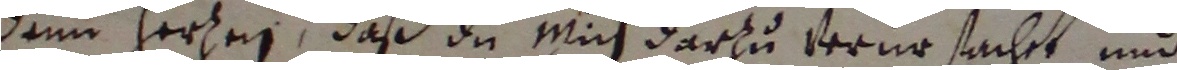
denn herten, daß du mich darzu verursacht und